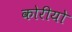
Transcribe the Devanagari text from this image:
कोरीयो